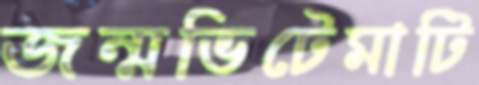
জন্মভিটেমাটি